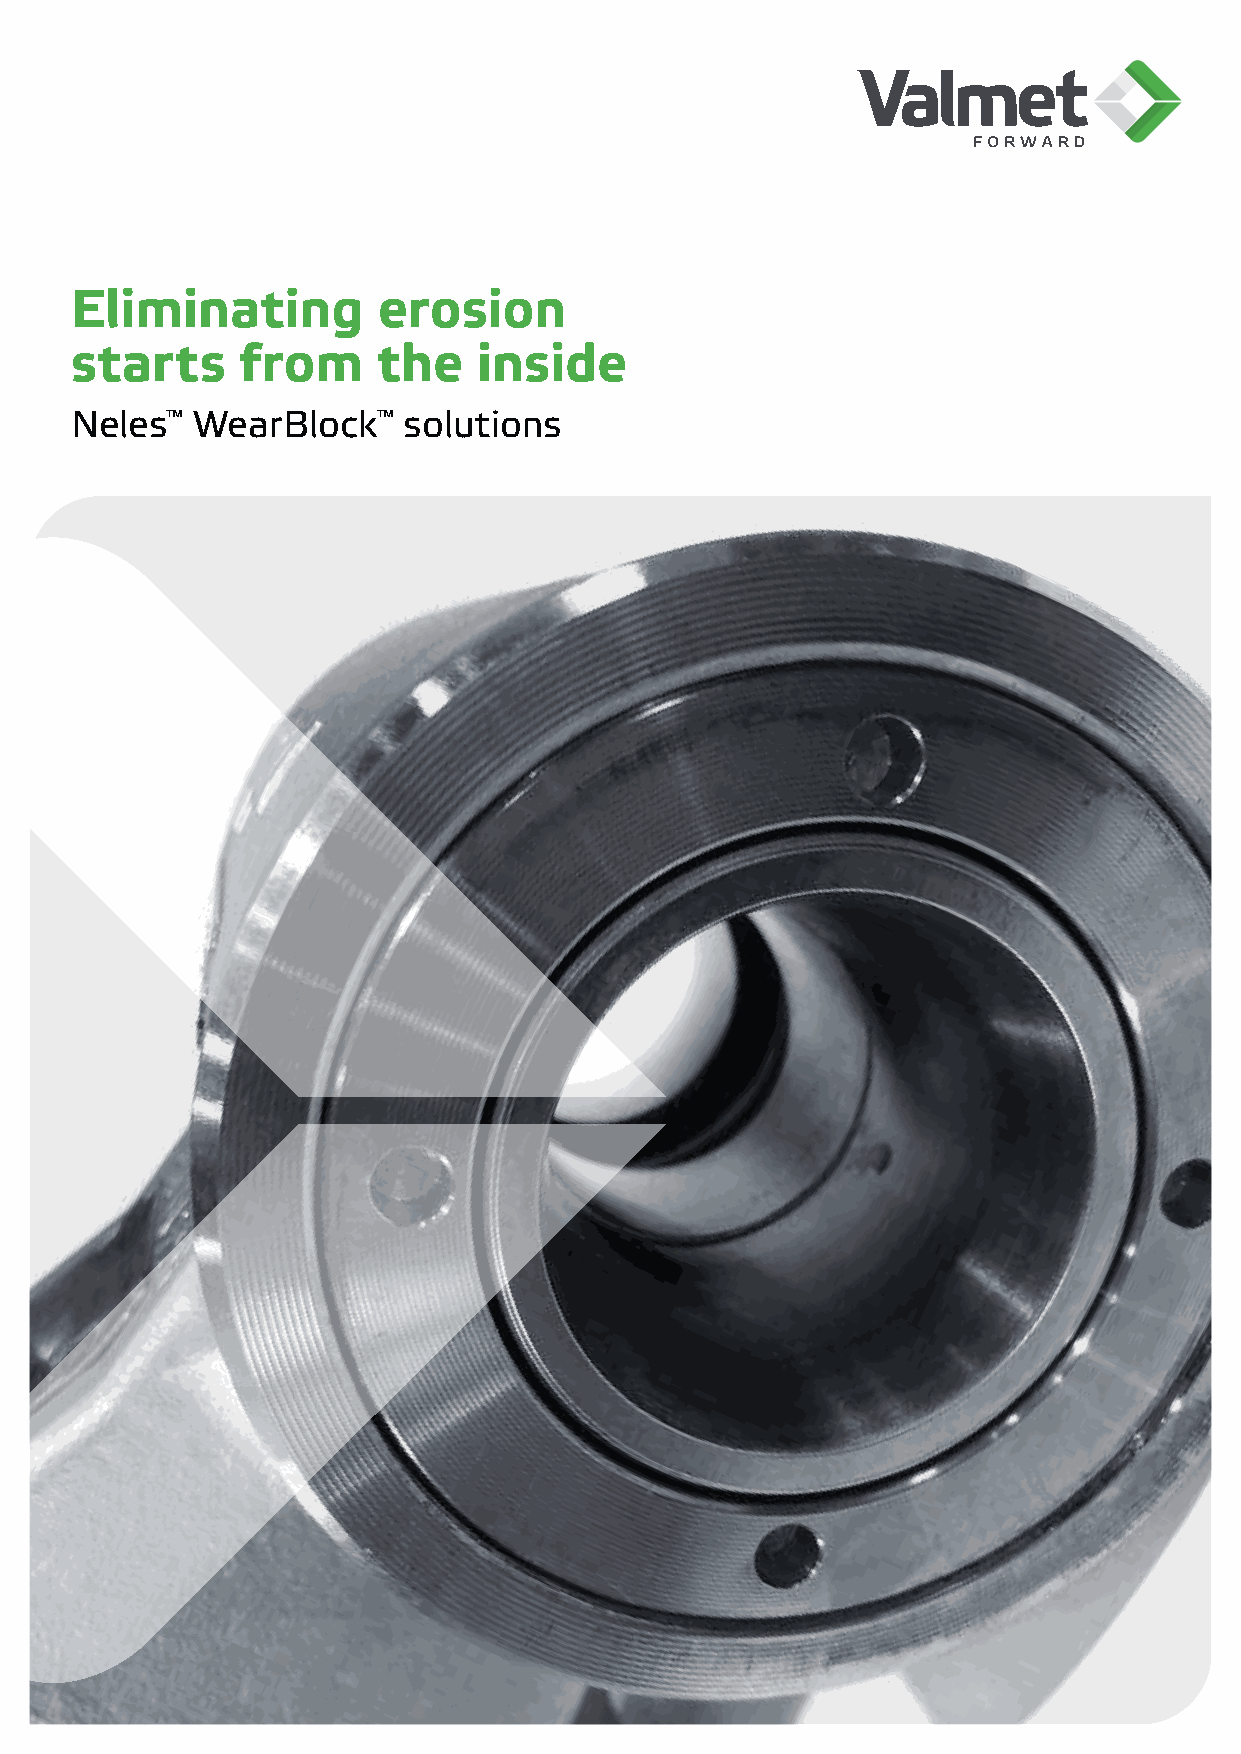
Eliminating         erosion
 starts     from     the    inside
 Neles™  WearBlock™    solutions